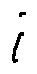
i